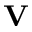
\mathbf { V }